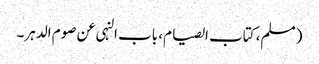
( مسلم، کتاب الصیام، باب النہی عن صوم الدہر۔